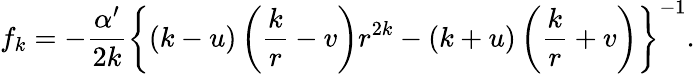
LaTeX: f_{k}=-\frac{\alpha^{\prime}}{2k}\left\{ (k-u)\left(\frac kr-v\right)r^{2k}-(k+u)\left(\frac kr+v\right)\right\} ^{-1}.